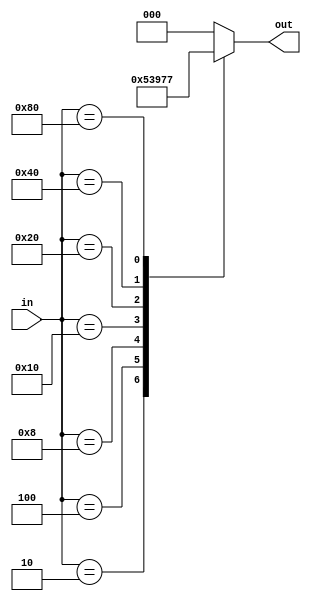
module encoder (
  input wire [7:0] in, 
  output reg [2:0] out
);

  // Takes 8 bit one-hot input and outputs the
  // index of the bit set to 1. 
  always @(*) begin
    case(in)
      8'b00000000: out = 3'b000;
      8'b00000010: out = 3'b001;
      8'b00000100: out = 3'b010;
      8'b00001000: out = 3'b011;
      8'b00010000: out = 3'b100;
      8'b00100000: out = 3'b101;
      8'b01000000: out = 3'b110;
      8'b10000000: out = 3'b111;
      default:     out = 3'b000;
    endcase 
  end
endmodule